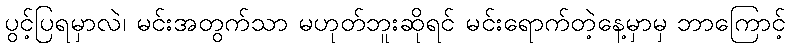
ပွင့်ပြရမှာလဲ၊ မင်းအတွက်သာ မဟုတ်ဘူးဆိုရင် မင်းရောက်တဲ့နေ့မှာမှ ဘာကြောင့်